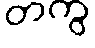
တကွ